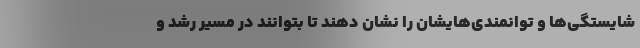
شایستگی‌ها و توانمندی‌هایشان را نشان دهند تا بتوانند در مسیر رشد و